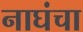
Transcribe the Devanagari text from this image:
नाघंचा